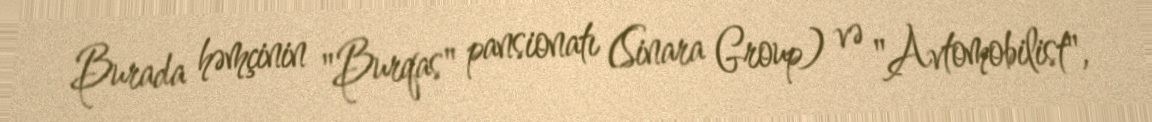
Burada həmçinin "Burqas" pansionatı (Sinara Group) və "Avtomobilist",